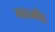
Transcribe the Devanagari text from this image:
महामौद्ग